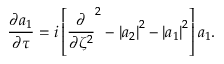
\frac { \partial a _ { 1 } } { \partial \tau } = i \left[ \frac { \partial } { \partial \zeta ^ { 2 } } ^ { 2 } - \left| a _ { 2 } \right| ^ { 2 } - \left| a _ { 1 } \right| ^ { 2 } \right] a _ { 1 } .